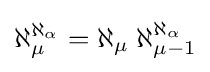
\aleph _{\mu }^{\aleph _{\alpha }}=\aleph _{\mu }\;\aleph _{\mu -1}^{\aleph _{\alpha }}